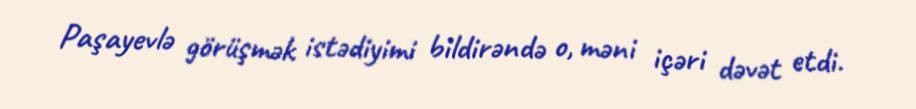
Paşayevlə görüşmək istədiyimi bildirəndə o, məni içəri dəvət etdi.